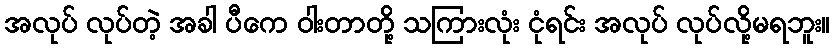
အလုပ် လုပ်တဲ့ အခါ ပီကေ ဝါးတာတို့ သကြားလုံး ငုံရင်း အလုပ် လုပ်လို့မရဘူး။